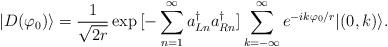
LaTeX: \begin{align*} | D ( \varphi_0) \rangle = \frac{1}{\sqrt{2 r}} \exp{[ - \sum_{n=1}^{\infty} a^{\dagger}_{Ln}a^{\dagger}_{Rn} ] } \sum_{k= - \infty}^{\infty} e^{- i k \varphi_0/r } | ( 0, k ) \rangle .\end{align*}